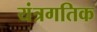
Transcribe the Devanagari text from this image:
यंत्रगतिक